Scottish Leaving Certificate Examination, 1955
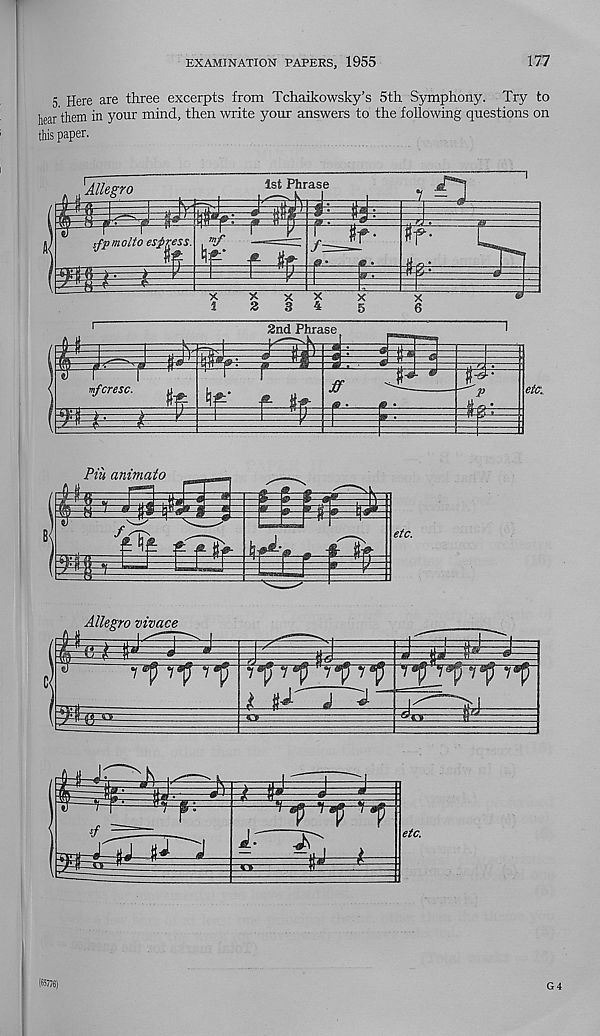
EXAMINATION PAPERS, 1955
177
5 Here are three excerpts from Tchaikowsky’s 5th Symphony. Try to
hear them in your mind, then write your answers to the following questions on
this paper.
1st Phrase
Allegro
-f
fflOllO 6Sp'K&$$.
i
S'- 2
2nd Phrase t
i
mfcresc.
e •
etc..
P-- l
Piii aniviato
%
f_4
Allegro vivace
E
7 Ti 7
£
s p^p^r
J:
etc.